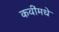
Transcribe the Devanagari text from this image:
कवींमधे